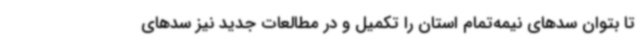
تا بتوان سدهای نیمه‌تمام استان را تکمیل و در مطالعات جدید نیز سدهای